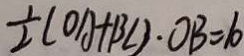
\frac { 1 } { 2 } ( O A + B C ) \cdot O B = 1 0